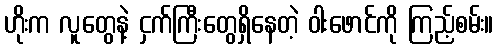
ဟိုးက လူတွေနဲ့ ငှက်ကြီးတွေရှိနေတဲ့ ဝါးဖောင်ကို ကြည့်စမ်း။